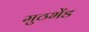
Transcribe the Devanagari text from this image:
मुठभेंड